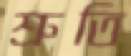
শ্রুতি